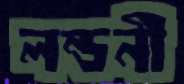
লন্ডনী